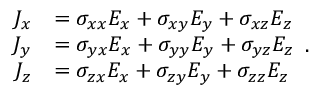
{ \begin{array} { r l } { J _ { x } } & { = \sigma _ { x x } E _ { x } + \sigma _ { x y } E _ { y } + \sigma _ { x z } E _ { z } } \\ { J _ { y } } & { = \sigma _ { y x } E _ { x } + \sigma _ { y y } E _ { y } + \sigma _ { y z } E _ { z } } \\ { J _ { z } } & { = \sigma _ { z x } E _ { x } + \sigma _ { z y } E _ { y } + \sigma _ { z z } E _ { z } } \end{array} } .